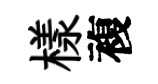
樣複